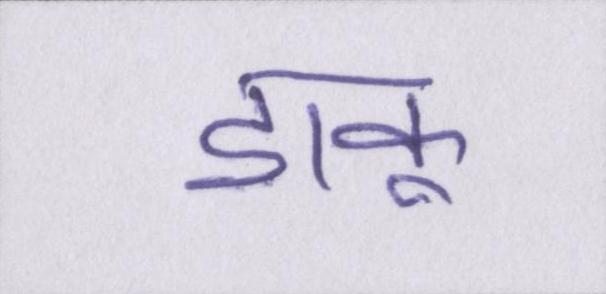
डाकू